Indian journal of veterinary science and animal husbandry - Volume 6,
Year: 1936
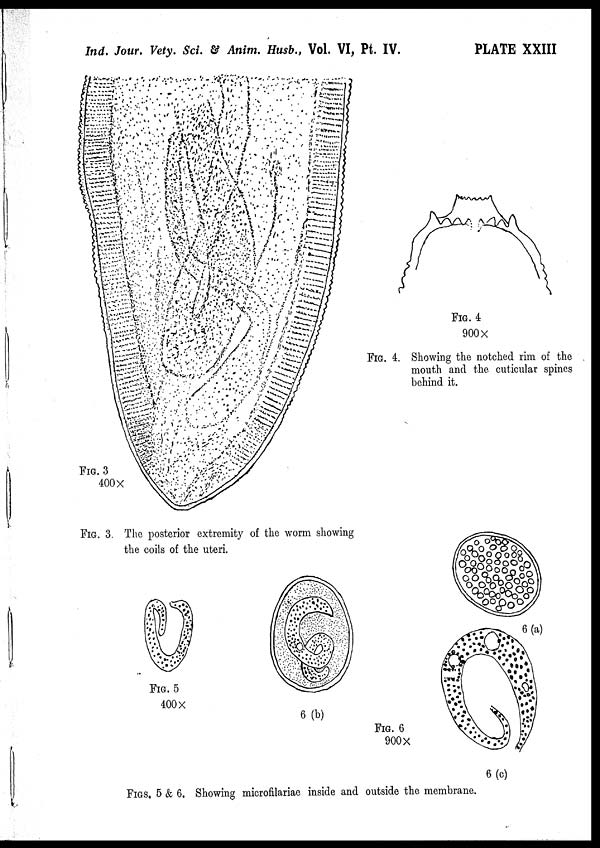
Ind. Jour. Vety. Sci. & Anim. Husb., Vol. VI, Pt. IV.
PLATE XXIII
FIG. 3
400 ×
FIG. 3 The posterior extremity of the worm showing
the coils of the uteri.
FIG. 4
900 ×
FIG. 4. Showing the notched rim of the
mouth and the cuticular spines
behind it.
FIG. 5
400 ×
FIG. 6
900×
6 (a)
6 (b)
6 (c)
FIGS. 5 & 6. Showing microfilariae inside and outside the membrane.